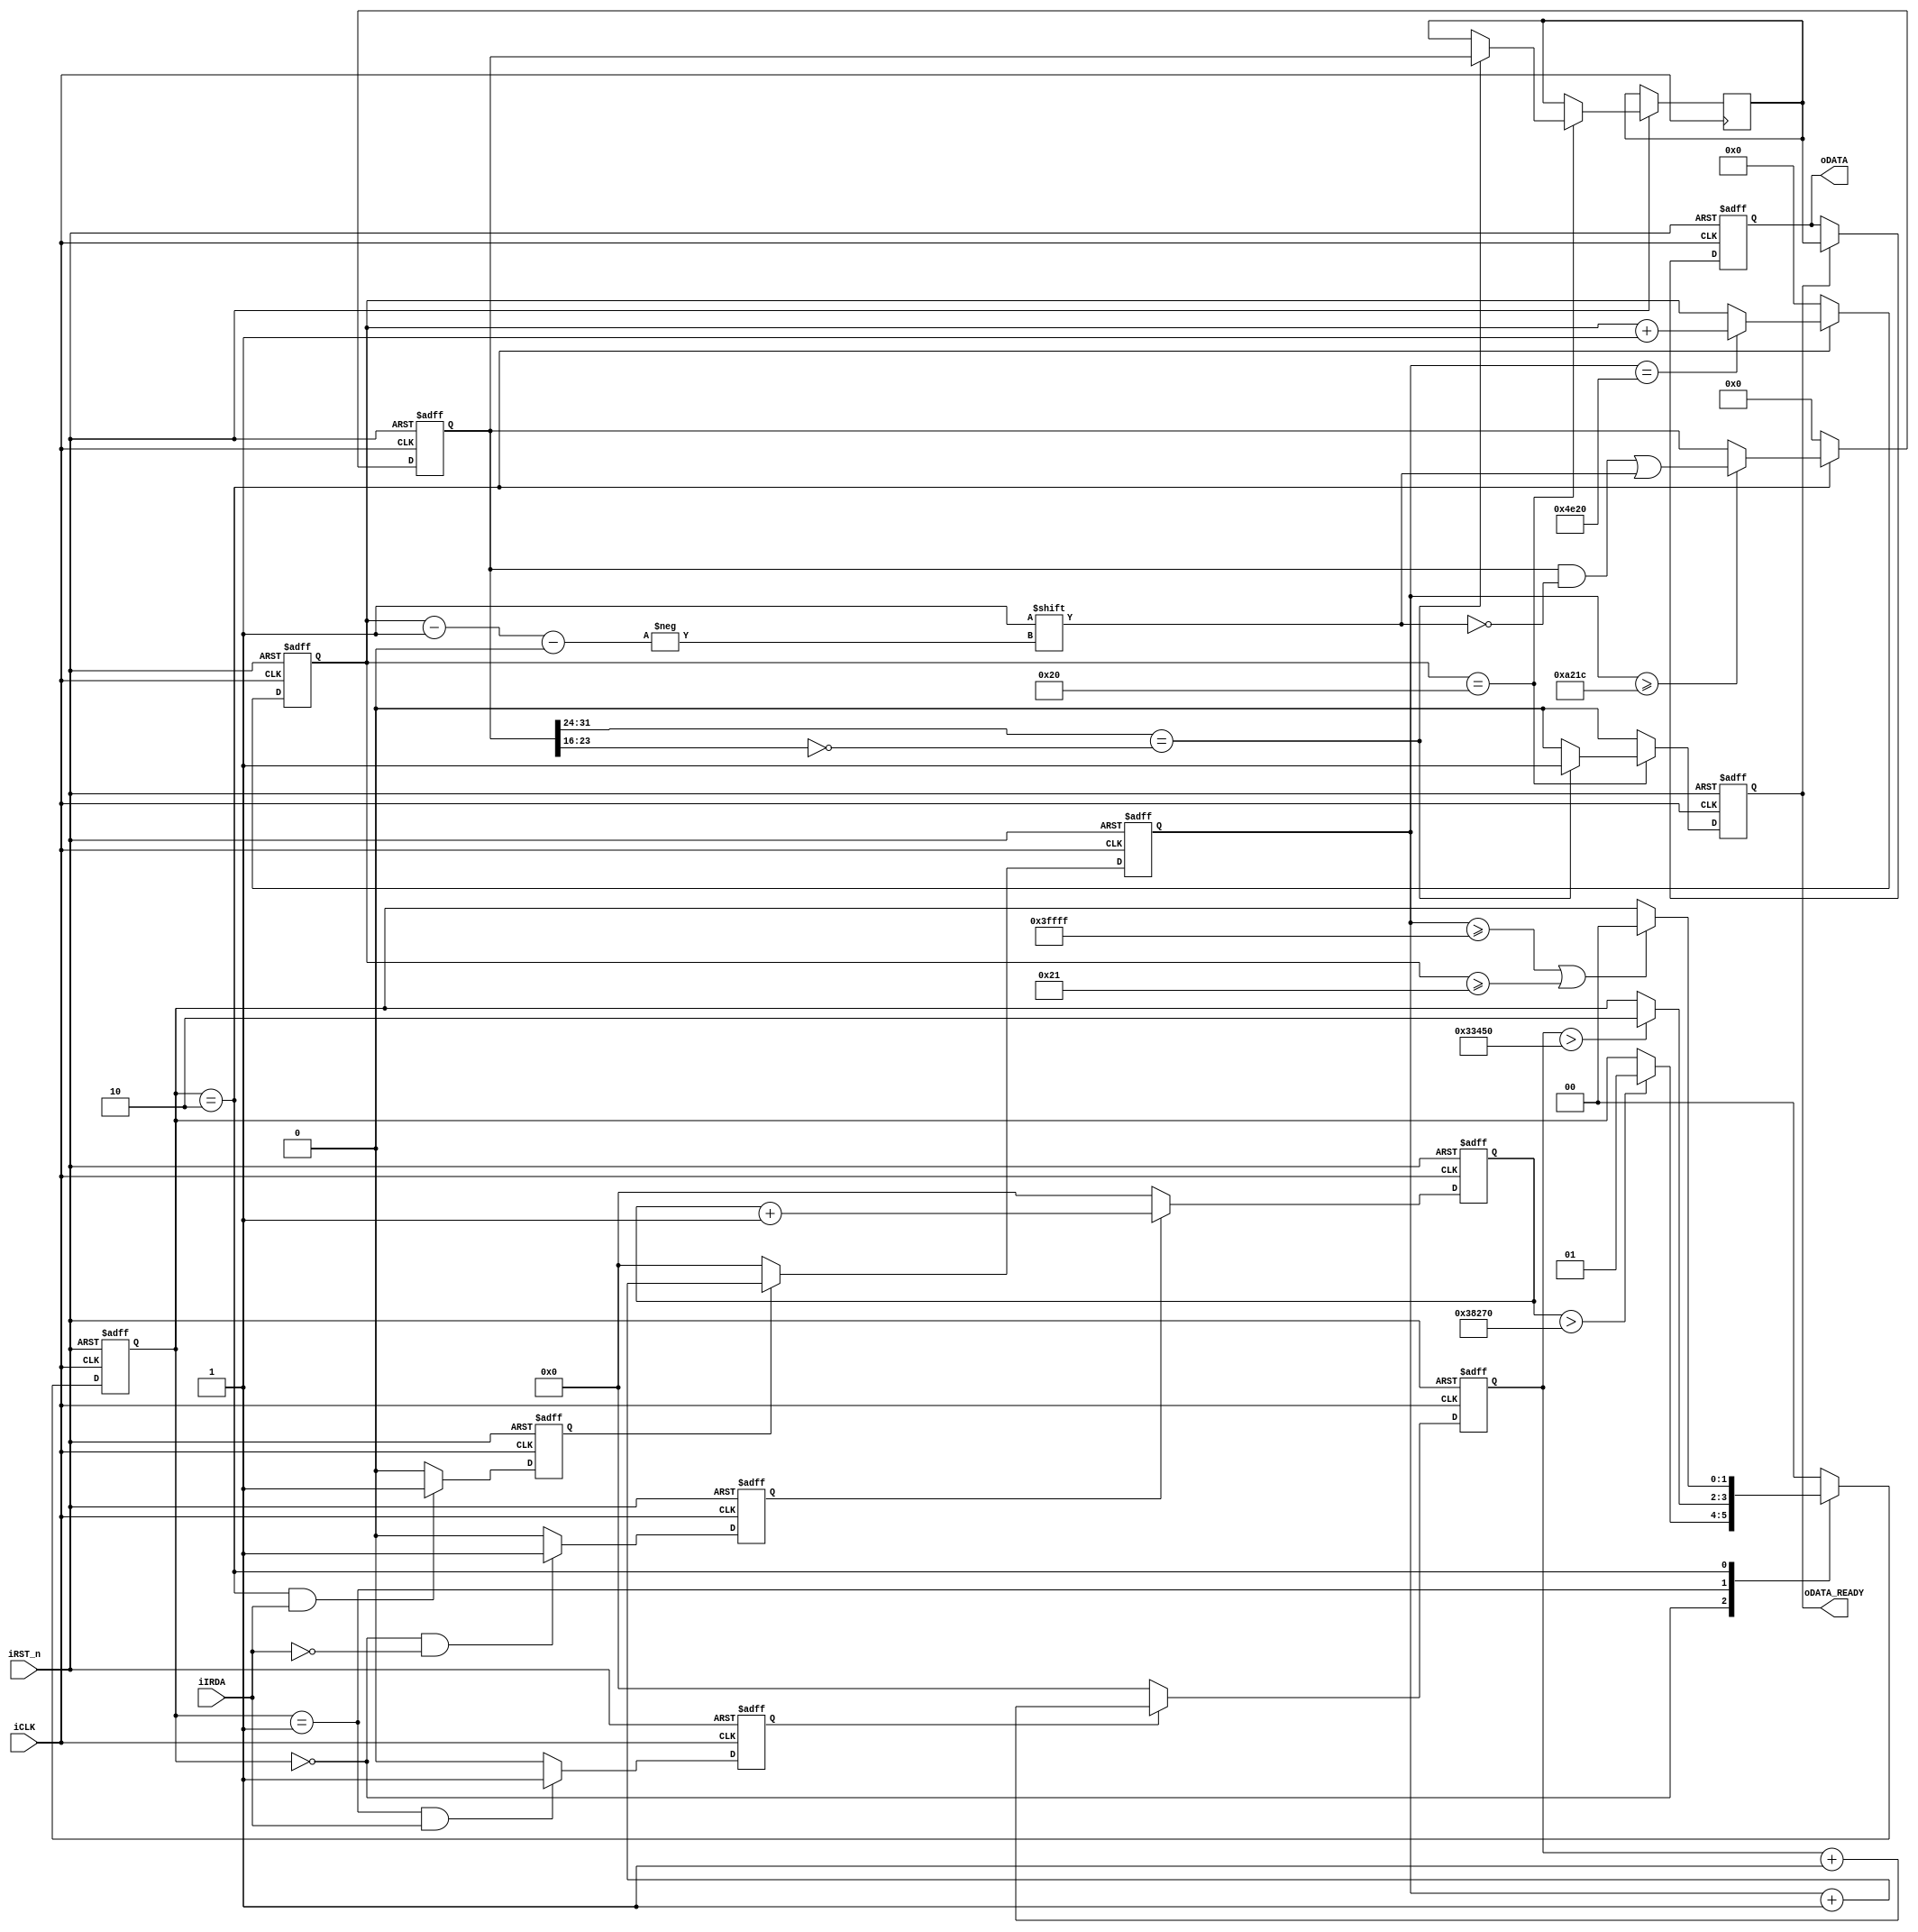
module IR_RECEIVE(iCLK,iRST_n,iIRDA,oDATA_READY,oDATA);
					
input iCLK;        //input clk,50MHz
input iRST_n;      //rst
input iIRDA;       //Irda RX output decoded data
output oDATA_READY; //data ready
output reg [31:0] oDATA; //output data,32bit 	
				
parameter IDLE = 2'b00;   //State Machine 
parameter GUIDANCE = 2'b01;    
parameter DATAREAD = 2'b10;    


parameter IDLE_DUR = 230000;  // idle_count    230000*0.02us = 4.60ms, threshold for IDLE--------->GUIDANCE
parameter GUIDANCE_DUR = 210000;  // guidance_count   210000*0.02us = 4.20ms, 4.5-4.2 = 0.3ms < BIT_AVAILABLE_DUR = 0.4ms,threshold for GUIDANCE------->DATAREAD
parameter DATAREAD_DUR = 262143;  // data_count    262143*0.02us = 5.24ms, threshold for DATAREAD-----> IDLE

parameter DATA_HIGH_DUR = 41500;	 // data_count    41500 *0.02us = 0.83ms, sample time from the posedge of iIRDA
parameter BIT_AVAILABLE_DUR = 20000;   // data_count    20000 *0.02us = 0.4ms,  the sample bit pointer,can inhibit the interference from iIRDA signal

reg [17:0] idle_count;           
reg idle_count_flag;       
reg [17:0] guidance_count;           
reg guidance_count_flag;      
reg [17:0] data_count;            
reg data_count_flag;    
  
reg [5:0] bitcount; //sample bit pointer
reg [1:0] state;   //state reg
reg [31:0] data;   //data reg
reg [31:0] data_buf; //data buf
reg data_ready; //data ready flag


assign oDATA_READY = data_ready;

//state change between IDLE,GUIDE,DATA_READ according to irda edge or counter
always @(posedge iCLK or negedge iRST_n)
begin 
	  if (!iRST_n)	     
	     state <= IDLE;
	  else 
			 case (state)
 			    IDLE     : if (idle_count > IDLE_DUR)  
			  	              state <= GUIDANCE; 
			    GUIDANCE : if (guidance_count > GUIDANCE_DUR)
			  	              state <= DATAREAD;
			    DATAREAD : if ((data_count >= DATAREAD_DUR) || (bitcount >= 33))
			  					      state <= IDLE;
	        default  : state <= IDLE; 
			 endcase
end
//idle counter switch when iIRDA is low under IDLE state
always @(posedge iCLK or negedge iRST_n)
begin	
	  if (!iRST_n)
		   idle_count_flag <= 1'b0;
	  else if ((state == IDLE) && !iIRDA)
			 idle_count_flag <= 1'b1;
		else                           
			 idle_count_flag <= 1'b0;		     		 	
 end  		  
//idle counter works on iclk under IDLE state only
always @(posedge iCLK or negedge iRST_n)
begin	
	  if (!iRST_n)
		   idle_count <= 0;
	  else if (idle_count_flag)    //the counter works when the flag is 1
			 idle_count <= idle_count + 1'b1;
		else  
			 idle_count <= 0;	         //the counter resets when the flag is 0		      		 	
end
   
//state counter switch when iIRDA is high under GUIDE state
always @(posedge iCLK or negedge iRST_n)	
begin
	  if (!iRST_n)
		   guidance_count_flag <= 1'b0;
	  else if ((state == GUIDANCE) && iIRDA)
			 guidance_count_flag <= 1'b1;
		else  
			 guidance_count_flag <= 1'b0;     		 	
end
//state counter works on iclk under GUIDE state only
always @(posedge iCLK or negedge iRST_n)	
begin
	  if (!iRST_n)
		   guidance_count <= 0;
	  else if (guidance_count_flag)    //the counter works when the flag is 1
			 guidance_count <= guidance_count + 1'b1;
		else  
			 guidance_count <= 0;	        //the counter resets when the flag is 0		      		 	
end
//data counter switch
always @(posedge iCLK or negedge iRST_n)
begin
	  if (!iRST_n) 
		   data_count_flag <= 0;	
	  else if ((state == DATAREAD) && iIRDA)
			 data_count_flag <= 1'b1;  
		else
			 data_count_flag <= 1'b0; 
end
//data read decode counter based on iCLK
always @(posedge iCLK or negedge iRST_n)	
begin
	  if (!iRST_n)
		   data_count <= 1'b0;
	  else if(data_count_flag)      //the counter works when the flag is 1
			 data_count <= data_count + 1'b1;
		else 
			 data_count <= 1'b0;        //the counter resets when the flag is 0
end
///////////////////////////////////////////////////////////////////////////////////////////////

//data reg pointer counter 
always @(posedge iCLK or negedge iRST_n)
begin
    if (!iRST_n)
       bitcount <= 6'b0;
	  else if (state == DATAREAD)
		begin
			if (data_count == BIT_AVAILABLE_DUR)
					bitcount <= bitcount + 1'b1; //add 1 when iIRDA posedge
		end   
	  else
	     bitcount <= 6'b0;
end	  
//data decode base on the value of data_count 	
always @(posedge iCLK or negedge iRST_n)
begin
	  if (!iRST_n)
	     data <= 0;
		else if (state == DATAREAD)
		begin
			 if (data_count >= DATA_HIGH_DUR) //2^15 = 32767*0.02us = 0.64us
			    data[bitcount-1'b1] <= 1'b1;  //>0.52ms  sample the bit 1
		end
		else
			 data <= 0;	
end		 
//set the data_ready flag 
always @(posedge iCLK or negedge iRST_n)
begin 
	  if (!iRST_n)
	     data_ready <= 1'b0;
    else if (bitcount == 32)   
		begin
			 if (data[31:24] == ~data[23:16])
			 begin		
					data_buf <= data;     //fetch the value to the databuf from the data reg
				  data_ready <= 1'b1;   //set the data ready flag
			 end	
			 else
				  data_ready <= 1'b0 ;  //data error
		end
		else
		   data_ready <= 1'b0 ;
end
//read data
always @(posedge iCLK or negedge iRST_n)
begin
	  if (!iRST_n)
		   oDATA <= 32'b0000;
	  else if (data_ready)
	     oDATA <= data_buf;  //output
end	  
endmodule